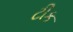
ટીક